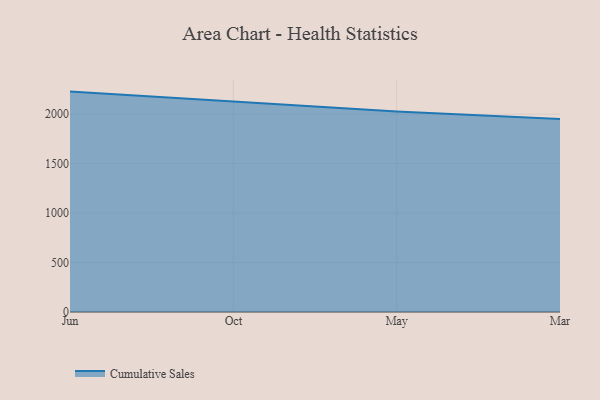
{"axis": {"x": "Month", "y": "Backlog"}, "legend": ["Cumulative Sales"], "data": [{"x": "Jun", "y": 2227.5, "type": "Cumulative Sales"}, {"x": "Oct", "y": 2123.9, "type": "Cumulative Sales"}, {"x": "May", "y": 2025.9, "type": "Cumulative Sales"}, {"x": "Mar", "y": 1950.9, "type": "Cumulative Sales"}]}